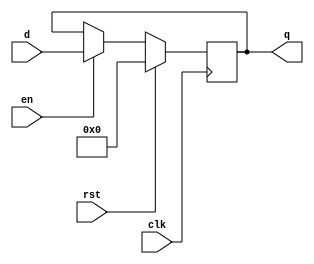
`timescale 1ns/1ns

module flopr_param (clk, rst,en ,q,d);

parameter n=32;
input clk,rst;
input [n-1:0] d;
input en;
output reg [n-1:0] q;

always @ (posedge clk)

  if(rst) q<=0;
  else if (!en) q<=q;
  else q<=d;
    
endmodule